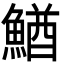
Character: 鰌